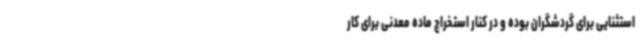
استثنایی برای گردشگران بوده و در کنار استخراج ماده معدنی برای کار